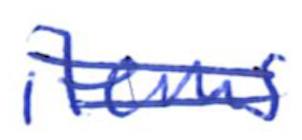
Text: items
Cross-out: double-line
Writing tool: ballpoint